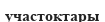
участоктары